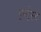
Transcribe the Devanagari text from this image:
इन्ट्रेस्ट